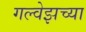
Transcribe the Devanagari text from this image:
गल्वेझच्या